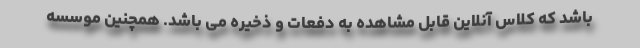
باشد که کلاس آنلاین قابل مشاهده به دفعات و ذخیره می باشد. همچنین موسسه